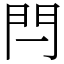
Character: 閂